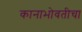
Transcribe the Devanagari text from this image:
कानाभोवतीचा